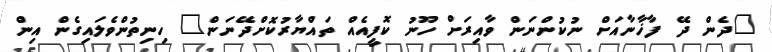
"ދެން ދޭ ފާޚާނާއަށް ނުކުންނަން ވާއިރަށް ހޫނު ކޮފީއެއް ތައްޔާރުކޮށްދޭނަން" ހިނިތުންވެލައިގެން އިން